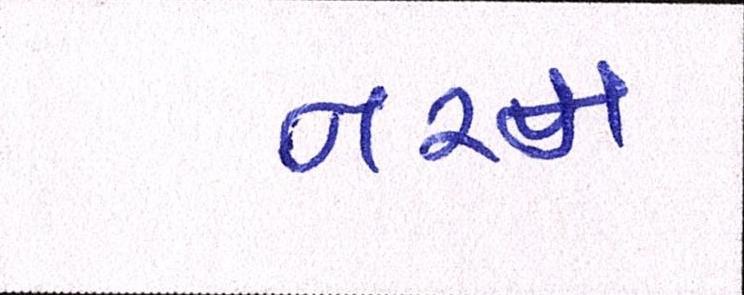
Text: નરમ